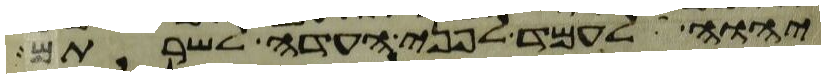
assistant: יהוה לעמד לפני העדה לשרתם